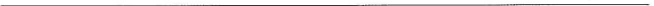
___